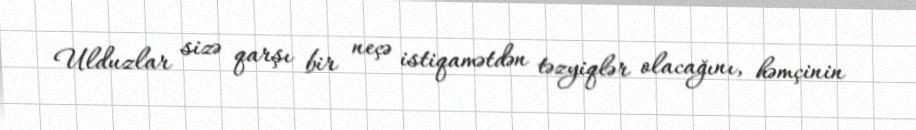
Ulduzlar sizə qarşı bir neçə istiqamətdən təzyiqlər olacağını, həmçinin